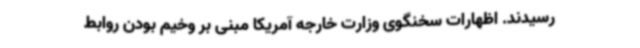
رسیدند. اظهارات سخنگوی وزارت خارجه آمریکا مبنی بر وخیم بودن روابط